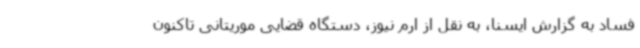
فساد به گزارش ایسنا، به نقل از ارم نیوز، دستگاه قضایی موریتانی تاکنون